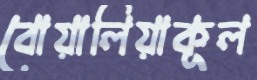
বোয়ালিয়াকূল